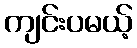
ကျင်းပမယ့်